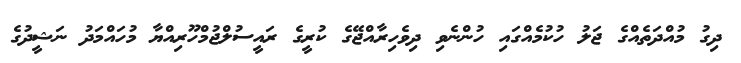
ދިގު މުއްދަތެއްގެ ޖަލު ހުކުމެއްގައި ހުންނެވި ދިވެހިރާއްޖޭގެ ކުރީގެ ރައީސުލްޖުމްހޫރިއްޔާ މުހައްމަދު ނަޝީދުގެ